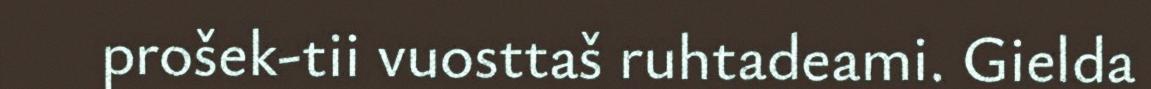
prošek-tii vuosttaš ruhtadeami. Gielda